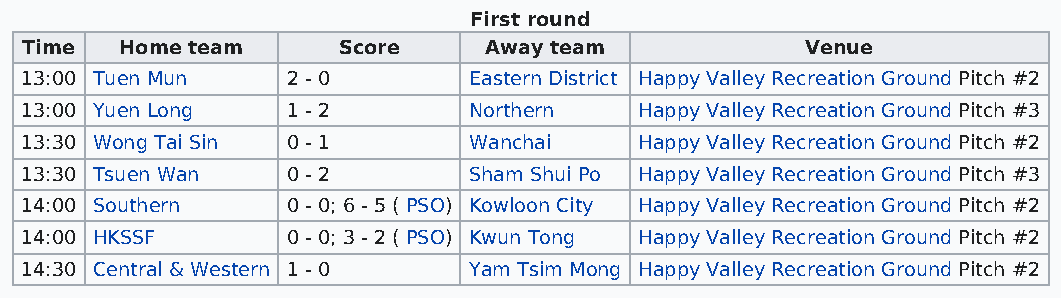
First round
 Time   Home team     Score     Away team            Venue
 13:00 Tuen Mun    2 - 0       Eastern District Happy Valley Recreation Ground Pitch #2
 13:00 Yuen Long   1 - 2       Northern   Happy Valley Recreation Ground Pitch #3
 13:30 Wong Tai Sin 0 - 1      Wanchai    Happy Valley Recreation Ground Pitch #2
 13:30 Tsuen Wan   0 - 2       Sham Shui Po Happy Valley Recreation Ground Pitch #3
 14:00 Southern    0 - 0; 6 - 5 ( PSO) Kowloon City Happy Valley Recreation Ground Pitch #2
 14:00 HKSSF       0 - 0; 3 - 2 ( PSO) Kwun Tong Happy Valley Recreation Ground Pitch #2
 14:30 Central & Western 1 - 0 Yam Tsim Mong Happy Valley Recreation Ground Pitch #2